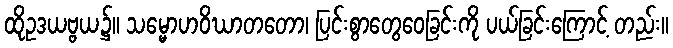
ထိုဥဒယဗ္ဗယ၌။ သမ္မောဟဝိဃာတတော၊ ပြင်းစွာတွေဝေခြင်းကို ပယ်ခြင်းကြောင့် တည်း။